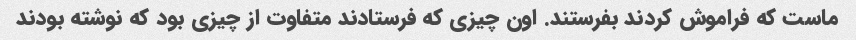
ماست که فراموش کردند بفرستند. اون چیزی که فرستادند متفاوت از چیزی بود که نوشته بودند